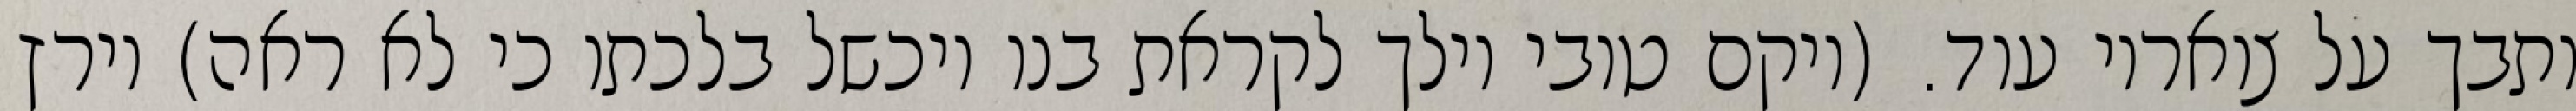
ותבך על צואריו עוד. (ויקם טובי וילך לקראת בנו ויכשל בלכתו כי לא ראה) וירץ